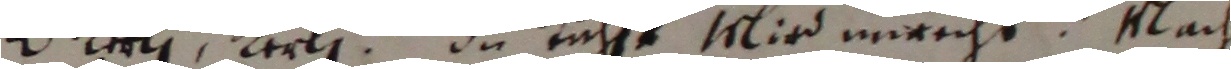
UAeli Keli de tichst wlird inricht. Nach